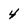
Character: 4